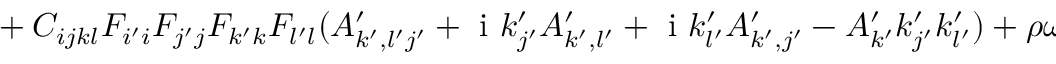
\begin{array} { r l } { \ \ \ } & { { } + C _ { i j k l } F _ { i ^ { \prime } i } F _ { j ^ { \prime } j } F _ { k ^ { \prime } k } F _ { l ^ { \prime } l } ( A _ { k ^ { \prime } , l ^ { \prime } j ^ { \prime } } ^ { \prime } + \mathrm { ~ i ~ } k _ { j ^ { \prime } } ^ { \prime } A _ { k ^ { \prime } , l ^ { \prime } } ^ { \prime } + \mathrm { ~ i ~ } k _ { l ^ { \prime } } ^ { \prime } A _ { k ^ { \prime } , j ^ { \prime } } ^ { \prime } - A _ { k ^ { \prime } } ^ { \prime } k _ { j ^ { \prime } } ^ { \prime } k _ { l ^ { \prime } } ^ { \prime } ) + \rho \omega ^ { 2 } \delta _ { i k } F _ { i ^ { \prime } i } F _ { k ^ { \prime } k } A _ { k ^ { \prime } } ^ { \prime } = 0 . } \end{array}